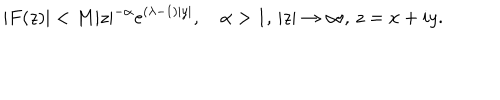
\vert F ( z ) \vert < M \vert z \vert ^ { - \alpha } e ^ { ( \lambda - 1 ) \vert y \vert } , \quad \alpha > 1 , \, \vert z \vert \to \infty , \, z = x + i y .